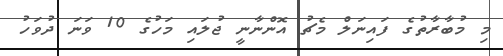
މި މުބާރާތުގެ ފައިނަލް މެޗު އޮންނާނީ ޖުލައި މަހުގެ 10 ވަނަ ދުވަހު